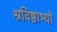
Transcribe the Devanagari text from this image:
श्रविष्ठाभ्यो